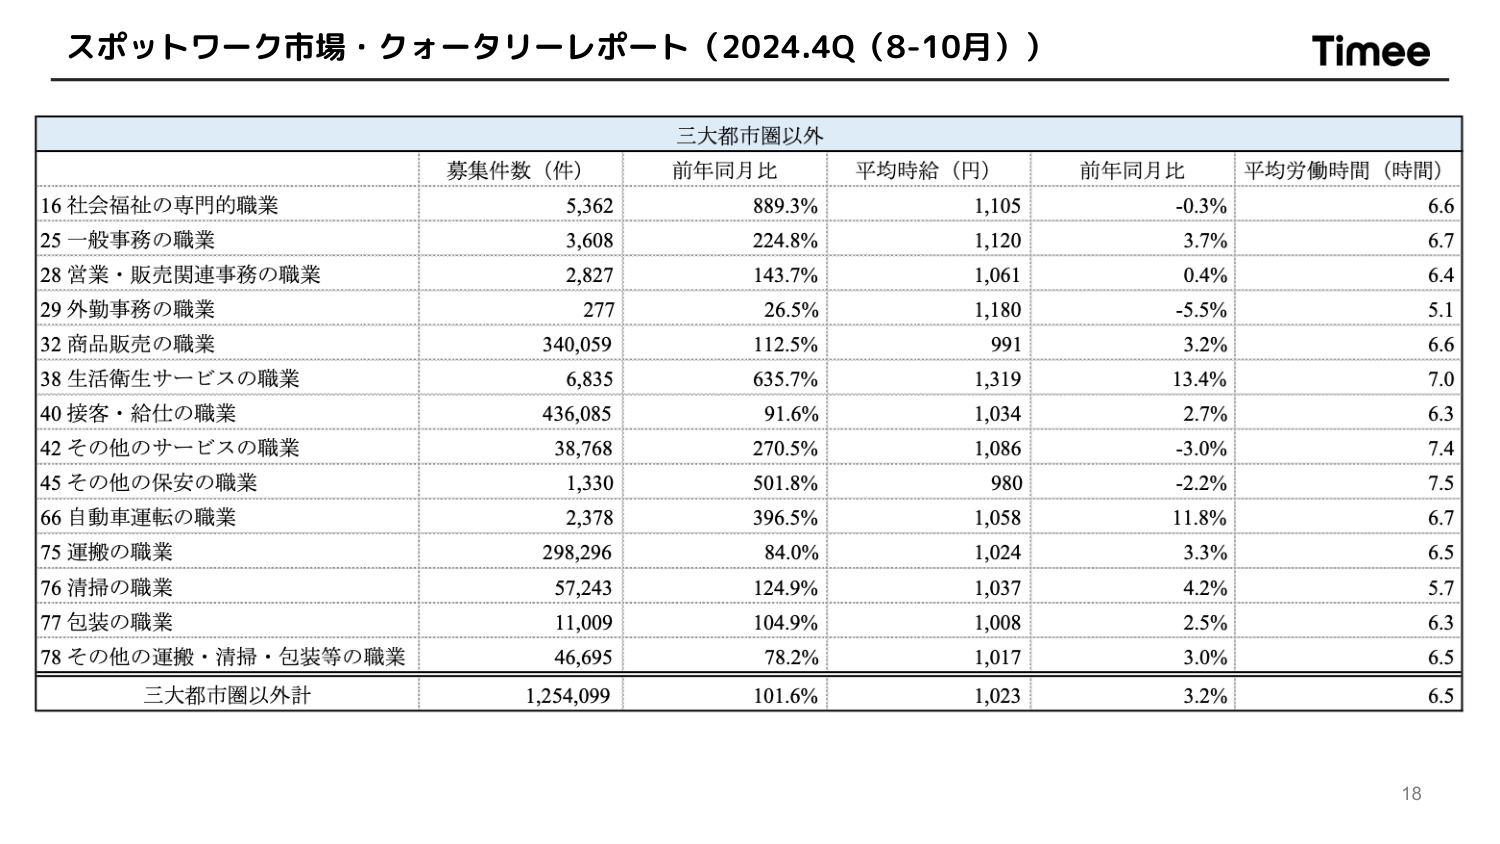
スポットワーク市場・クォータリーレポート（2024.4Q（8-10月））
Timee

三大都市圏以外

募集件数（件）　前年同月比　平均時給（円）　前年同月比　平均労働時間（時間）

16 社会福祉の専門の職業　　　　　5,362　　　889.3%　　　1,105　　　-0.3%　　　6.6
25 一般事務の職業　　　　　　　　3,608　　　224.8%　　　1,120　　　3.7%　　　　6.7
28 営業・販売関連事務の職業　　　2,827　　　143.7%　　　1,061　　　0.4%　　　　6.4
29 外勤事務の職業　　　　　　　　277　　　　26.5%　　　　1,180　　　-5.5%　　　5.1
32 商品販売の職業　　　　　　　　340,059　　　112.5%　　　991　　　　3.2%　　　　6.6
38 生活衛生サービスの職業　　　　6,835　　　635.7%　　　1,319　　　13.4%　　　7.0
40 接客・給仕の職業　　　　　　　436,085　　　91.6%　　　　1,034　　　2.7%　　　　6.3
42 その他のサービスの職業　　　　38,768　　　270.5%　　　1,086　　　-3.0%　　　7.4
45 その他の保安の職業　　　　　　1,330　　　501.8%　　　980　　　　-2.2%　　　7.5
66 自動車運転の職業　　　　　　　2,378　　　396.5%　　　1,058　　　11.8%　　　6.7
75 運搬の職業　　　　　　　　　　298,296　　　84.0%　　　　1,024　　　3.3%　　　　6.5
76 清掃の職業　　　　　　　　　　57,243　　　124.9%　　　1,037　　　4.2%　　　　5.7
77 包装の職業　　　　　　　　　　11,009　　　104.9%　　　1,008　　　2.5%　　　　6.3
78 その他の運搬・清掃・包装等の職業　46,695　　　78.2%　　　1,017　　　3.0%　　　　6.5

三大都市圏以外計　　　　　　　1,254,099　　　101.6%　　　1,023　　　3.2%　　　　6.5

18